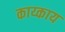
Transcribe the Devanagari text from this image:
काय्काय